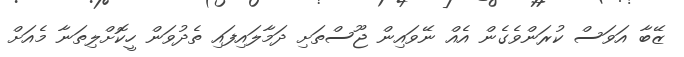
ޒޭބާ އަވަސް ކުރަންވެގެން އެއް ނޭވައިން ޖޫސްތަށި ދަމާލައިފައި ތެދުވަން ހީކޮށްލިތަނާ މެއަށް